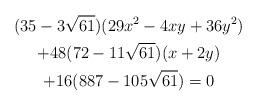
LaTeX: \begin{gather*}(35-3\sqrt{61}){\large (}29x^{2}-4xy+36y^{2}) \\+48(\allowbreak 72-11\sqrt{61})(x+2y) \\+16(887-105\sqrt{61})=0\end{gather*}